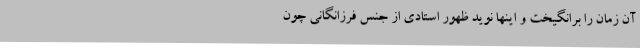
آن زمان را برانگیخت و اینها نوید ظهور استادی از جنس فرزانگانی چون